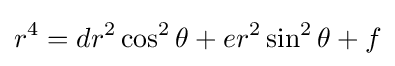
r^{4}=dr^{2}\cos ^{2}\theta +er^{2}\sin ^{2}\theta +f